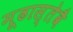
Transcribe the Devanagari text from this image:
मूढास्तेवै